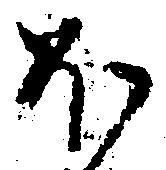
ほ